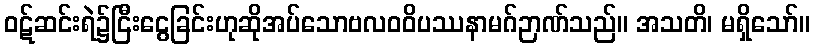
ဝဋ်ဆင်းရဲ၌ငြီးငွေခြင်းဟုဆိုအပ်သောဗလဝဝိပဿနာမဂ်ဉာဏ်သည်။ အသတိ၊ မရှိသော်။